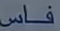
فاس